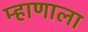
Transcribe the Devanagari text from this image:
म्हाणाला